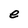
Character: e